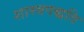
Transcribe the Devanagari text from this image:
शास्त्रपद्धति